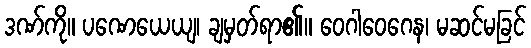
ဒဏ်ကို။ ပဏေယေယျ၊ ချမှတ်ရာ၏။ ဝေဂါဝေဂေန၊ မဆင်မခြင်